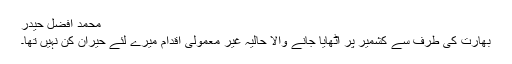
محمد افضل حیدر
بھارت کی طرف سے کشمیر پر اٹھایا جانے والا حالیہ غیر معمولی اقدام میرے لئے حیران کُن نہیں تھا۔